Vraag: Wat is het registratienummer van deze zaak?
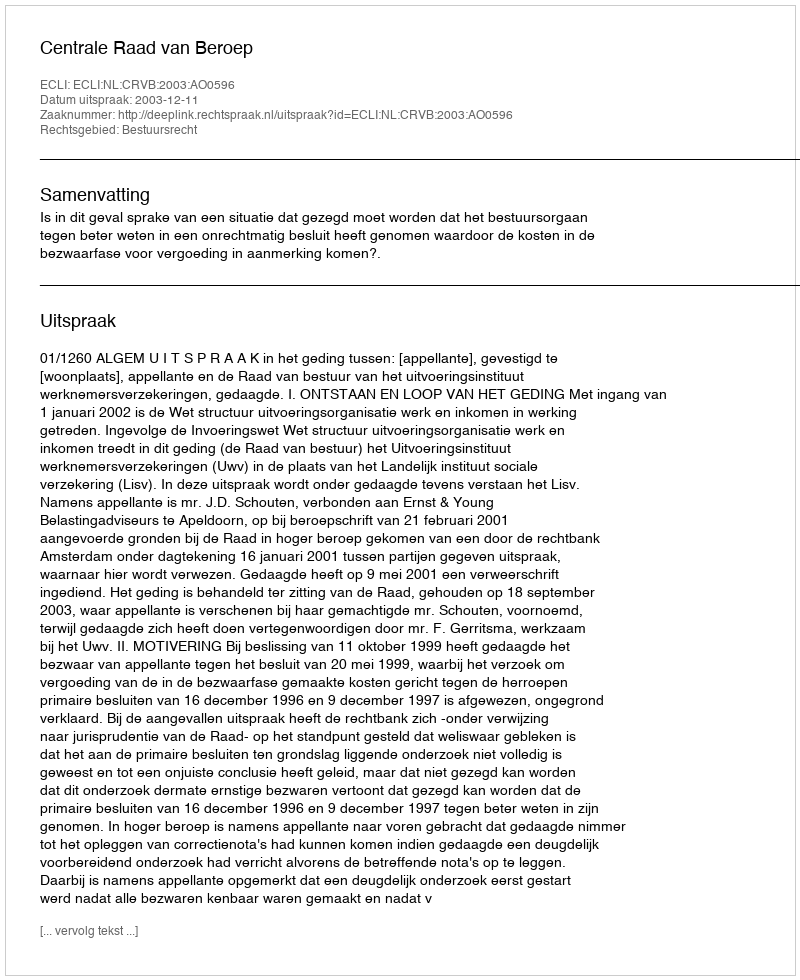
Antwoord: http://deeplink.rechtspraak.nl/uitspraak?id=ECLI:NL:CRVB:2003:AO0596